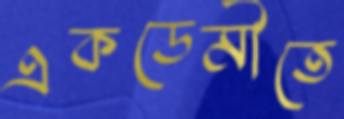
একডেমীতে